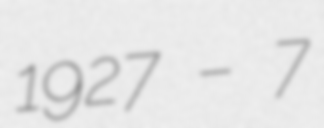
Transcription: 1927 – 7